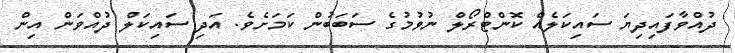
ދުއްވާފައިދިޔަ ސައިކަލެއް ކޮންޓްރޯލް ނުވުމުގެ ސަބަބުން ކަމަށެވެ. އަދި ސައިކަލް ދުއްވަން އިން